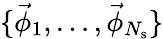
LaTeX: \{ \vec{\phi}_{1},\ldots,\vec{\phi}_{N_{\mathrm{s}}}\}